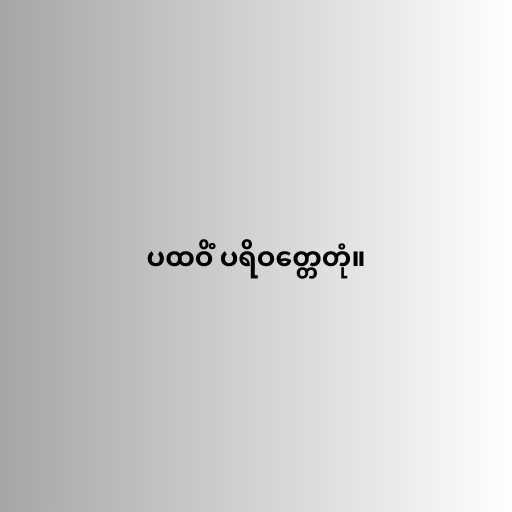
ပထဝိံ ပရိဝတ္တေတုံ။